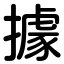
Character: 據